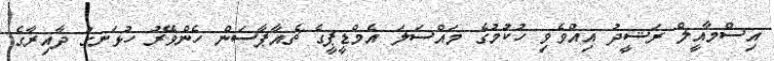
އިސްމާއީލް ރަޝީދު އިއްވެވި ހުކުމުގެ މައްސަލަ އެމްޑީޕީގެ ޗެއާޕާސަން ހެންވޭރު ހުޅަނގު ދާއިރާގެ